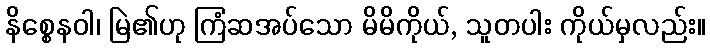
နိစ္စေနဝါ၊ မြဲ၏ဟု ကြံဆအပ်သော မိမိကိုယ်, သူတပါး ကိုယ်မှလည်း။